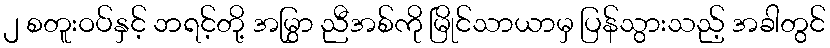
၂ စတူးဝပ်နှင့် ဘရင့်တို့ အမြွှာ ညီအစ်ကို မြိုင်သာယာမှ ပြန်သွားသည့် အခါတွင်